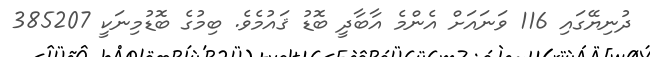
ދުނިޔޭގައި 116 ވަނައަށް އެންމެ އާބާދީ ބޮޑު ޤައުމެވެ. ބިމުގެ ބޮޑުމިނަކީ 385207